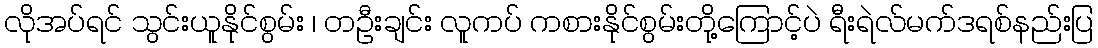
လိုအပ်ရင် သွင်းယူနိုင်စွမ်း ၊ တဦးချင်း လူကပ် ကစားနိုင်စွမ်းတို့ကြောင့်ပဲ ရီးရဲလ်မက်ဒရစ်နည်းပြ